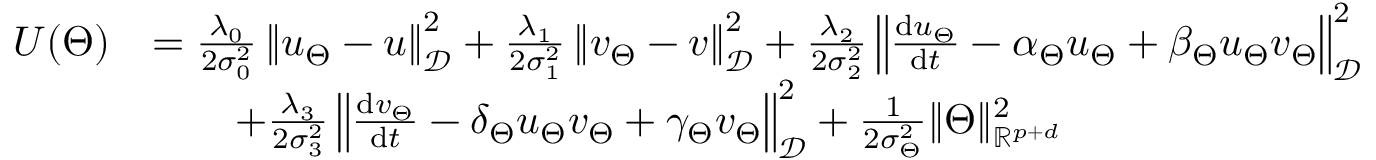
\begin{array} { r l } { U ( \Theta ) } & { = \frac { \lambda _ { 0 } } { 2 \sigma _ { 0 } ^ { 2 } } \left\| u _ { \Theta } - u \right\| _ { \mathcal { D } } ^ { 2 } + \frac { \lambda _ { 1 } } { 2 \sigma _ { 1 } ^ { 2 } } \left\| v _ { \Theta } - v \right\| _ { \mathcal { D } } ^ { 2 } + \frac { \lambda _ { 2 } } { 2 \sigma _ { 2 } ^ { 2 } } \left\| \frac { \mathrm { d } u _ { \Theta } } { \mathrm { d } t } - \alpha _ { \Theta } u _ { \Theta } + \beta _ { \Theta } u _ { \Theta } v _ { \Theta } \right\| _ { \mathcal { D } } ^ { 2 } } \\ & { \qquad + \frac { \lambda _ { 3 } } { 2 \sigma _ { 3 } ^ { 2 } } \left\| \frac { \mathrm { d } v _ { \Theta } } { \mathrm { d } t } - \delta _ { \Theta } u _ { \Theta } v _ { \Theta } + \gamma _ { \Theta } v _ { \Theta } \right\| _ { \mathcal { D } } ^ { 2 } + \frac { 1 } { 2 \sigma _ { \Theta } ^ { 2 } } \| \Theta \| _ { \mathbb { R } ^ { p + d } } ^ { 2 } } \end{array}